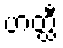
ဟတ္ထီ